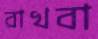
রাখবা